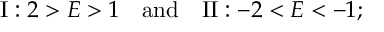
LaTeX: \mathrm { I } : 2 > E > 1 \quad \mathrm { a n d } \quad \mathrm { I I } : - 2 < E < - 1 ;